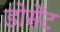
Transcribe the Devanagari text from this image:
डोसेंट